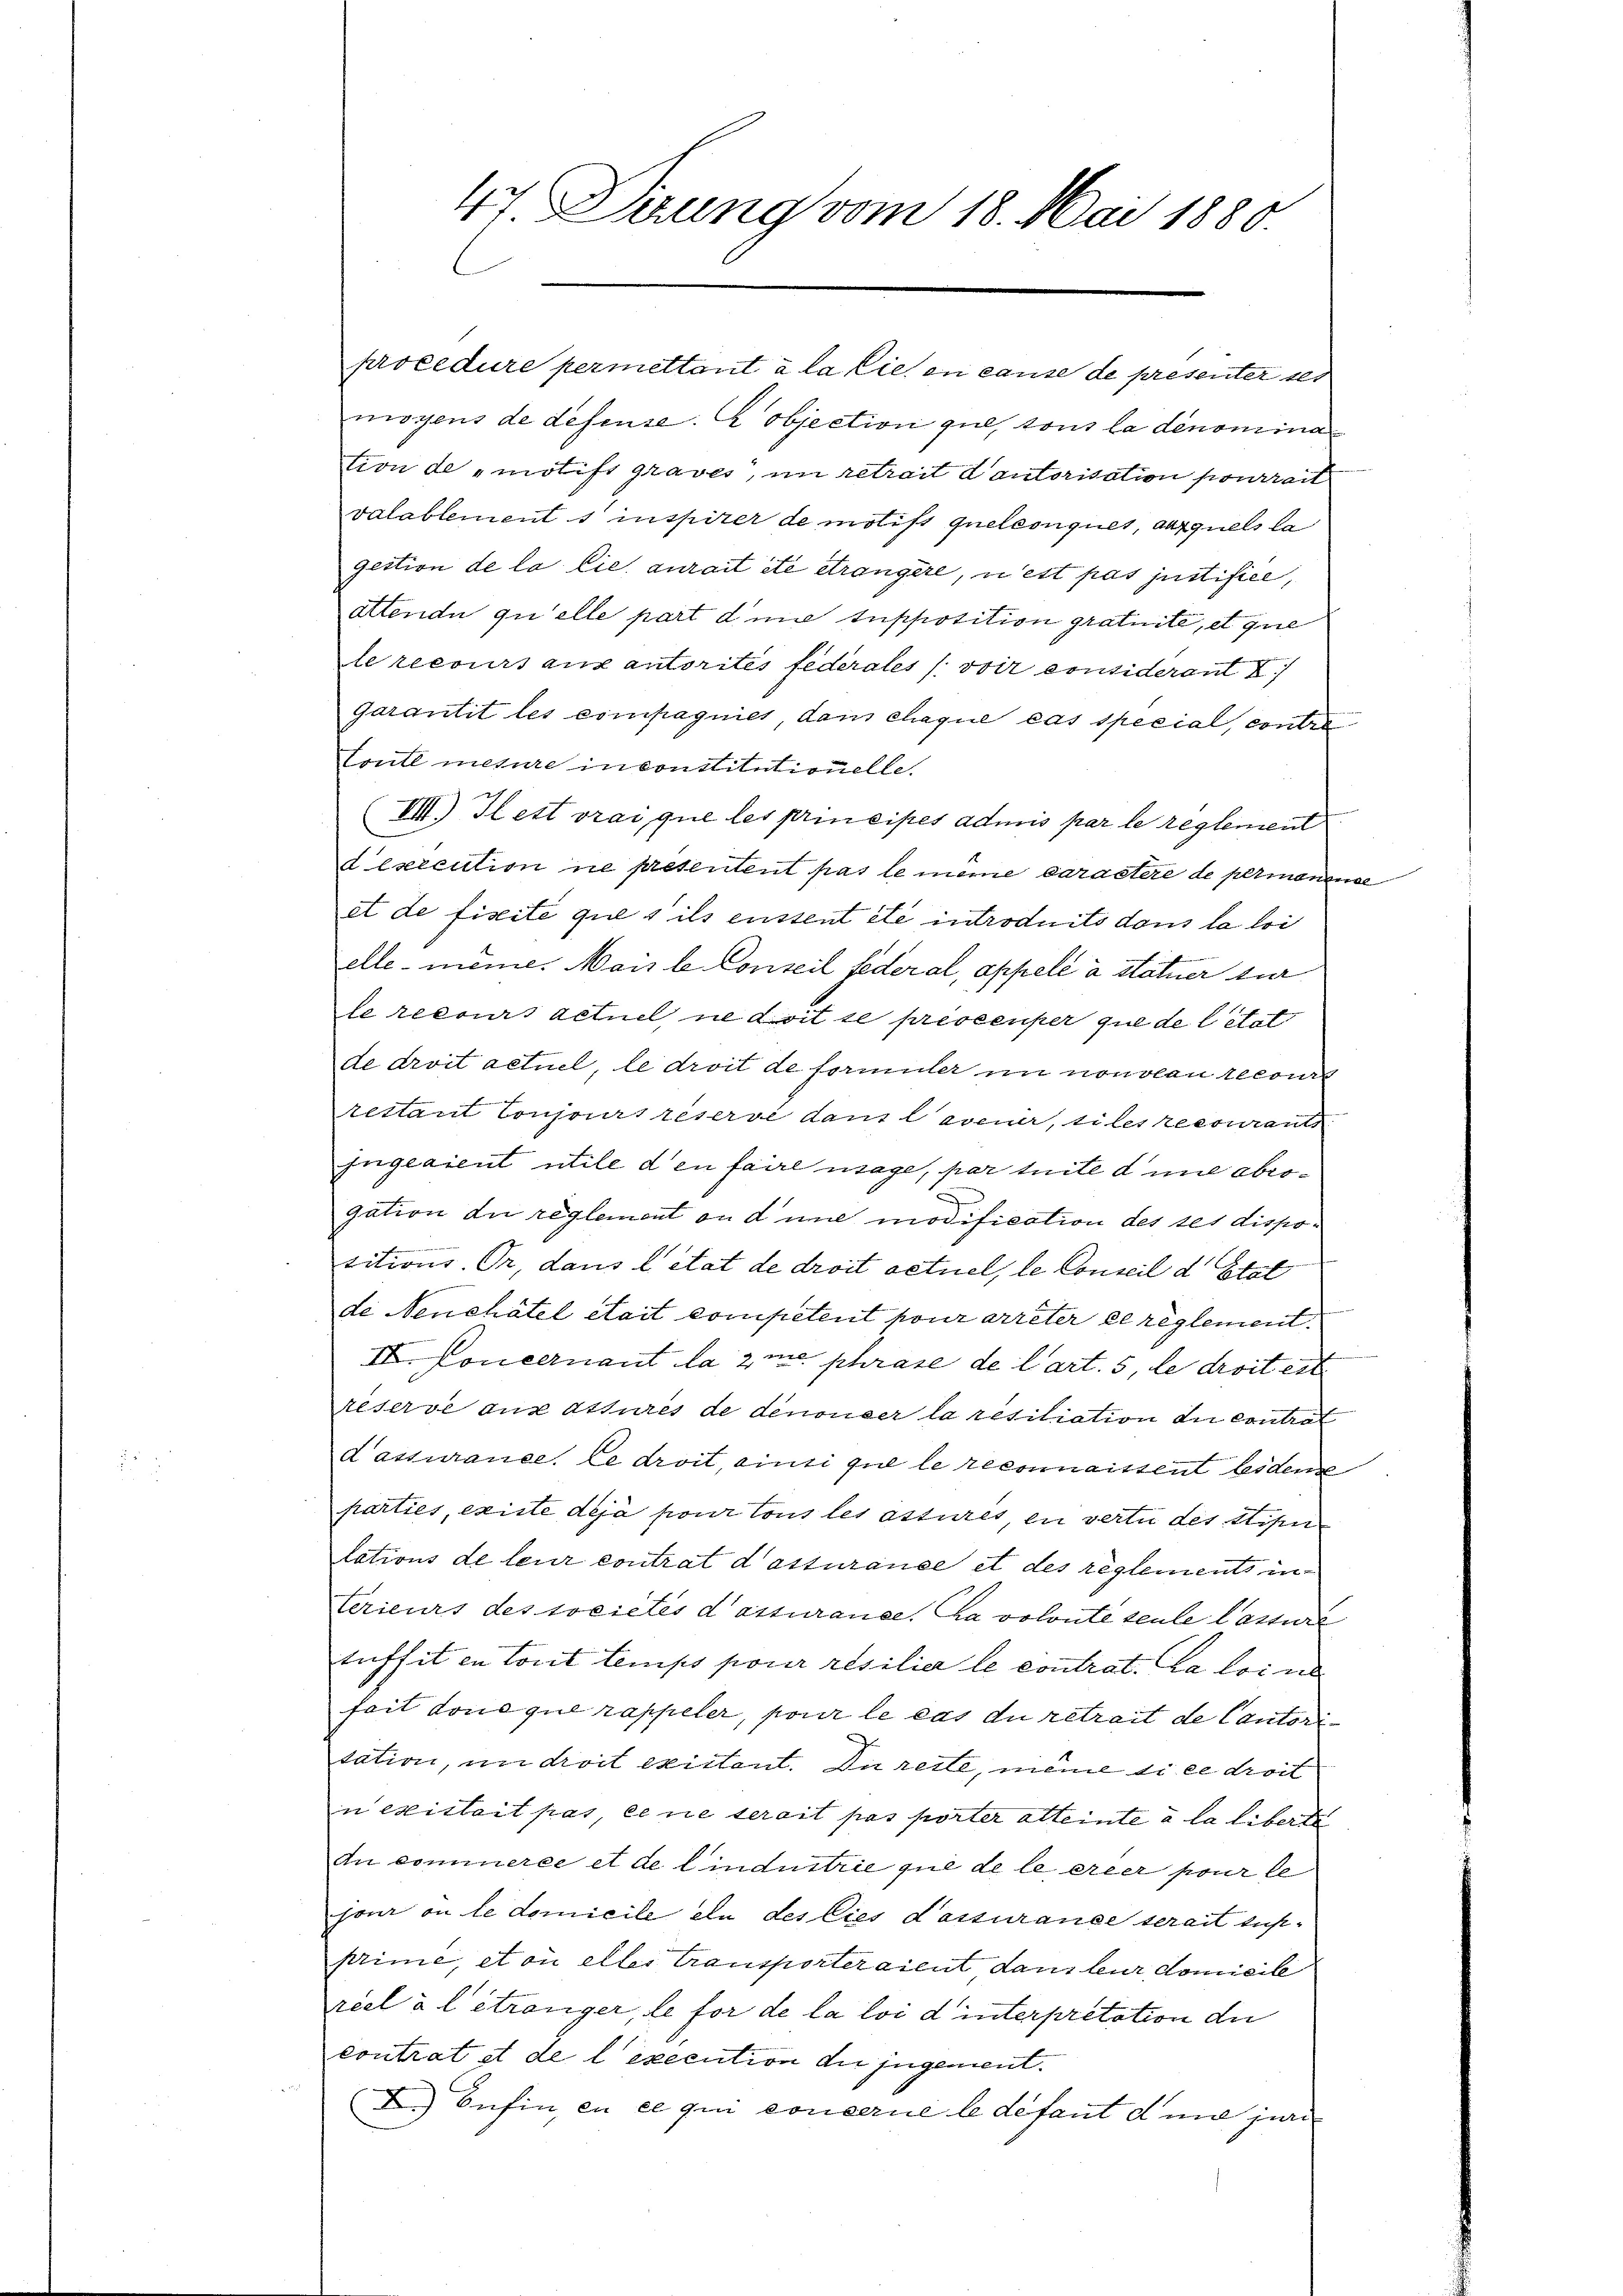
47 Dizung vom 18. Mai 1880.

moyens de defense. Objection gut tous la dénomina
tion de motift graves, im retrait d’autorisation pourrait
valablement s inspirer de motif quelconques, auxquels la
gestion de la lie, aurait été étrangere, u est pas justifice,
attendu qu’elle part die tupposition gratuite, et que
le recours aux autorités fédérales /: voir considerant X
garantit les compagniet, dans chaque cas special, contre
Tontl mesure in constitutionelle
(VIII. Il est vrai que les principes admis par le reglement
dexecution ne presentent pas le même caractere de permanense
et de fisite que s ils enstent été introduits dons la loi
elle - meine. Mais le Conseil federal, appelé à statuer zur
le recours actuel, ne doit se prescenper que de l’état
de droit actuel, le droit de formuler in nouveau recour
restant toujours réserve dans l’avenir, siles recouranti
jngeaient utile den faire usage, par trite d une abrogation die reglement ou d une modification des ses dispotitions. Dr. dans l état de droit actuel, le Conseil d. Stat
de Neuchâtel était competent pour arrêter ce reglement
II. Koncernant la 2m phrase de l’art. 5, de droit ert
reserve aus assures de denoncer la résiliation die contrat
d’assurance, le droit, einsi que le reconnaissent beidense
parties, existe déjà pour tous les assures, en vertu des Stipen
lations de leur contrat d’assurance et des reglements in
terieurs des societes dessurance, da volonté seule Cattur
tuffet en tout temps pour résilier le contrat. La loi n
fait dona que rappeler, pour le cas du retrait de Cautori-
tation, in droit existent. Die reste, meine di ce droit
n existait pas eine serait pas porter atteinte à la liberte
An commerce et de lindustrie que de le créer pour le
jour ou le domicile ein des lies dassurance serait ausprime, et où eller Transporteraient dans leur domicile
réel à l étranger, le for de la loi d interpretation de
contrat et de l execution die jugement.
F.) Befin, en ce qui concerne le défaut d’une juri

procedure permettant à la sie en cause de presenter set